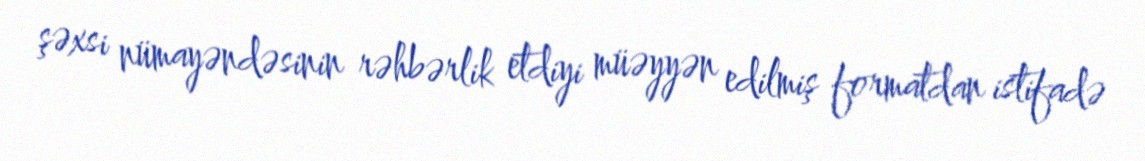
şəxsi nümayəndəsinin rəhbərlik etdiyi müəyyən edilmiş formatdan istifadə